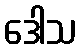
ဒေါသ